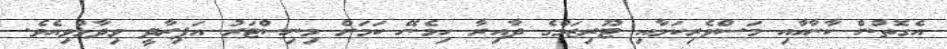
އެގޮތުން ކާނާއާއި މަސްވެރިކަމާއި ޓޫރިޒަމްގެ ދާއިރާ ހިމެނޭ ކަމަށް މިނިސްޓަރު އަޕިރާދީ ވިދާޅުވިއެވެ.